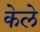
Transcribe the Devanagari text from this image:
केले